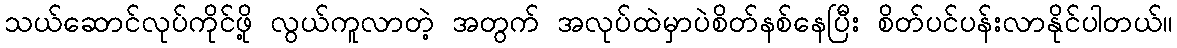
သယ်ဆောင်လုပ်ကိုင်ဖို့ လွယ်ကူလာတဲ့ အတွက် အလုပ်ထဲမှာပဲစိတ်နစ်နေပြီး စိတ်ပင်ပန်းလာနိုင်ပါတယ်။